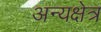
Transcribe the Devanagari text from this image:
अन्यक्षेत्र